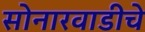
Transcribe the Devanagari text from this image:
सोनारवाडीचे